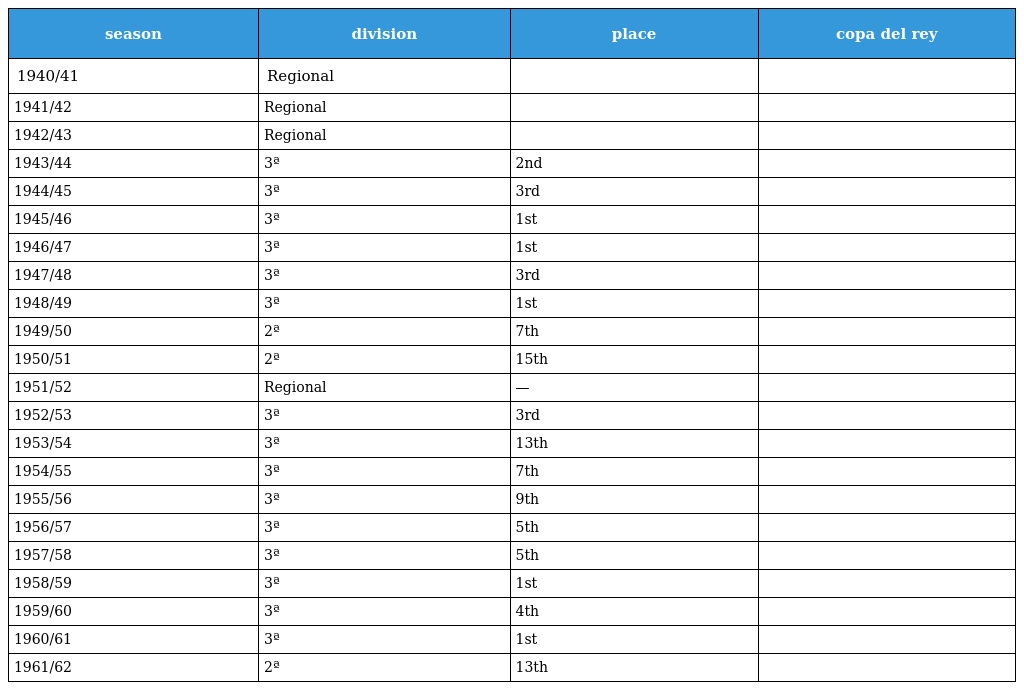
| season | division | place | copa del rey |
 | --- | --- | --- | --- |
 | 1940/41 | Regional |  |  |
 | 1941/42 | Regional |  |  |
 | 1942/43 | Regional |  |  |
 | 1943/44 | 3ª | 2nd |  |
 | 1944/45 | 3ª | 3rd |  |
 | 1945/46 | 3ª | 1st |  |
 | 1946/47 | 3ª | 1st |  |
 | 1947/48 | 3ª | 3rd |  |
 | 1948/49 | 3ª | 1st |  |
 | 1949/50 | 2ª | 7th |  |
 | 1950/51 | 2ª | 15th |  |
 | 1951/52 | Regional | — |  |
 | 1952/53 | 3ª | 3rd |  |
 | 1953/54 | 3ª | 13th |  |
 | 1954/55 | 3ª | 7th |  |
 | 1955/56 | 3ª | 9th |  |
 | 1956/57 | 3ª | 5th |  |
 | 1957/58 | 3ª | 5th |  |
 | 1958/59 | 3ª | 1st |  |
 | 1959/60 | 3ª | 4th |  |
 | 1960/61 | 3ª | 1st |  |
 | 1961/62 | 2ª | 13th |  |